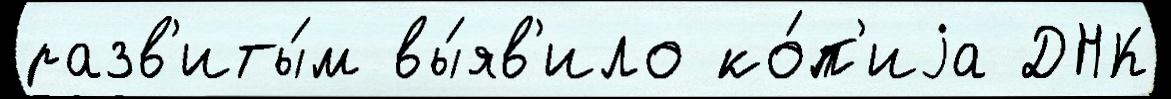
разв'иты́м вы́яв'ило ко́п'иjа ДНК